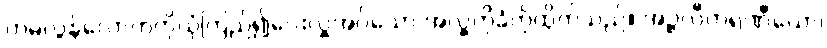
တမလွန်လောကကိုယုံကြည်၍ပေးလှူအပ်သော အလှူကိုခံကိုထိုက်သည်။ အဉ္ဇလီကရဏီယော၊